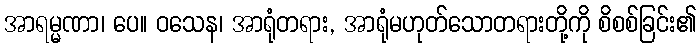
အာရမ္မဏာ၊ ပေ။ ဝသေန၊ အာရုံတရား, အာရုံမဟုတ်သောတရားတို့ကို စိစစ်ခြင်း၏